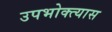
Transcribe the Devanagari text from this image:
उपभोक्त्यास